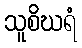
သူစိဃရံ